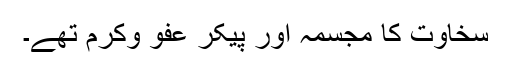
سخاوت کا مجسمہ اور پیکر عفو وکرم تھے۔